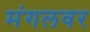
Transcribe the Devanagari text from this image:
मंगलवर